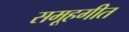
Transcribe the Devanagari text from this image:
समूहगीत